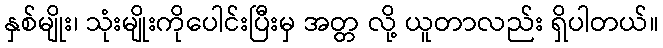
နှစ်မျိုး၊ သုံးမျိုးကိုပေါင်းပြီးမှ အတ္တ လို့ ယူတာလည်း ရှိပါတယ်။